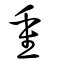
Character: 重